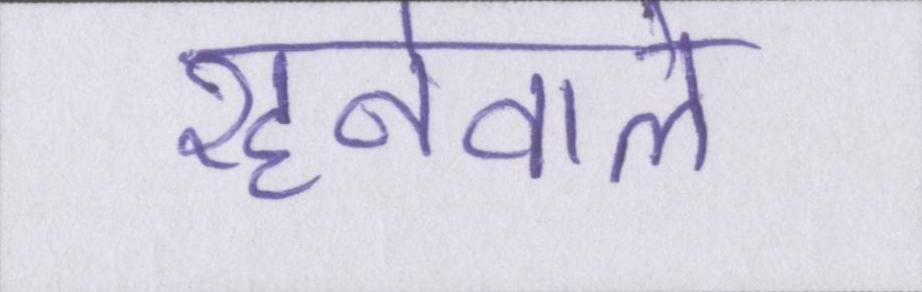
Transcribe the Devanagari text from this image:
रहनेवाले